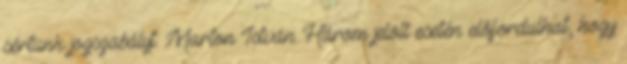
sértünk jogszabályt. Marton István: Három jelölt esetén előfordulhat, hogy